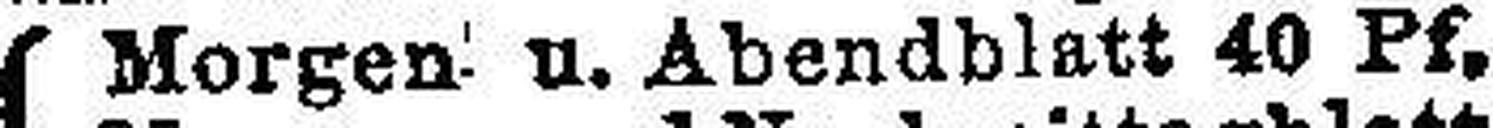
Morgen u. Abendblatt 40 Pf.